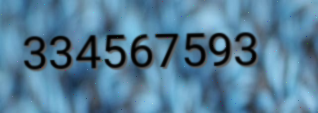
334567593